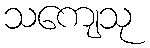
သကျေသု